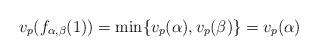
LaTeX: \begin{align*} v_p(f_{\alpha, \beta}(1)) = \min \{v_p(\alpha), v_p(\beta) \} = v_p(\alpha)\end{align*}